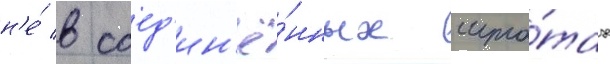
н'е́ в соед'ин'ё́нных шта́тах